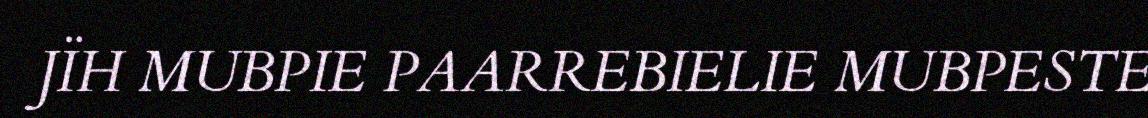
JÏH MUBPIE PAARREBIELIE MUBPESTE